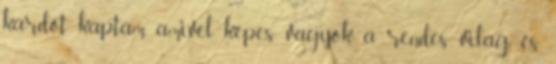
kardot kaptam, amivel képes vagyok a rendes világ és